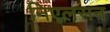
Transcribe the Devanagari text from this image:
निएलसन